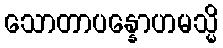
သောတာပန္နောဟမသ္မိ